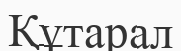
Құтарал